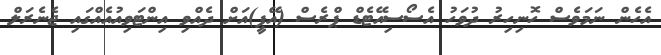
އެހެން ނަމަވެސް ހޮނިހިރު ދުވަހު އެސޯސިއޭޓެޑް ޕްރެސް (އޭޕީ)އަށް ދެއްވި އިންޓަވިއުއެއްގައި ޖެނެރަލް